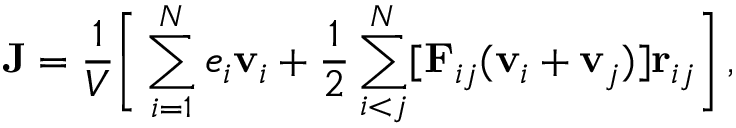
\mathbf { J } = \frac { 1 } { V } \bigg [ \sum _ { i = 1 } ^ { N } e _ { i } \mathbf { v } _ { i } + \frac { 1 } { 2 } \sum _ { i < j } ^ { N } [ \mathbf { F } _ { i j } ( \mathbf { v } _ { i } + \mathbf { v } _ { j } ) ] \mathbf { r } _ { i j } \bigg ] \, ,